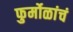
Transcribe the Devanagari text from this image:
फुर्मोळांचं